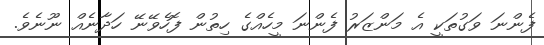
ފެންނަ ވަގުތަކީ އެ މަންޒަރު ފެންނަ މީހެއްގެ ހިތުން ފޮހެވޭނޭ ހަދާނެއް ނޫނެވެ.